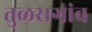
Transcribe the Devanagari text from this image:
तुळसगांव